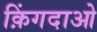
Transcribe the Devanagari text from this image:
क़िंगदाओ